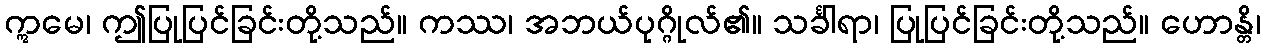
ဣမေ၊ ဤပြုပြင်ခြင်းတို့သည်။ ကဿ၊ အဘယ်ပုဂ္ဂိုလ်၏။ သင်္ခါရာ၊ ပြုပြင်ခြင်းတို့သည်။ ဟောန္တိ၊